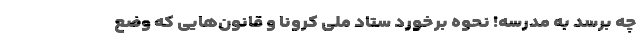
چه برسد به مدرسه! نحوه برخورد ستاد ملی کرونا و قانون‌‌هایی که وضع